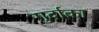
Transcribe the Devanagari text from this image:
गुर्दाका